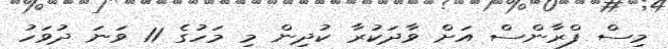
މިސް ފްރާންސް އަށް ވާދަކުރާ ކުދިން މި މަހުގެ 11 ވަނަ ދުވަހު